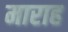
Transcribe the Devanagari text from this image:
माराह